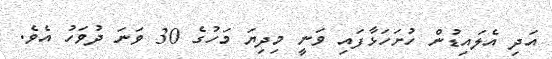
އަދި އެލައިޑުން ހުށަހަޅާފައި ވަނީ މިދިޔަ މަހުގެ 30 ވަނަ ދުވަހު އެވެ.